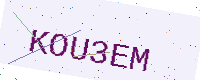
Text: KOU3EM